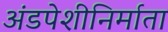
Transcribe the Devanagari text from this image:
अंडपेशीनिर्माता